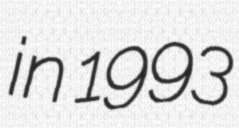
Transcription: in 1993